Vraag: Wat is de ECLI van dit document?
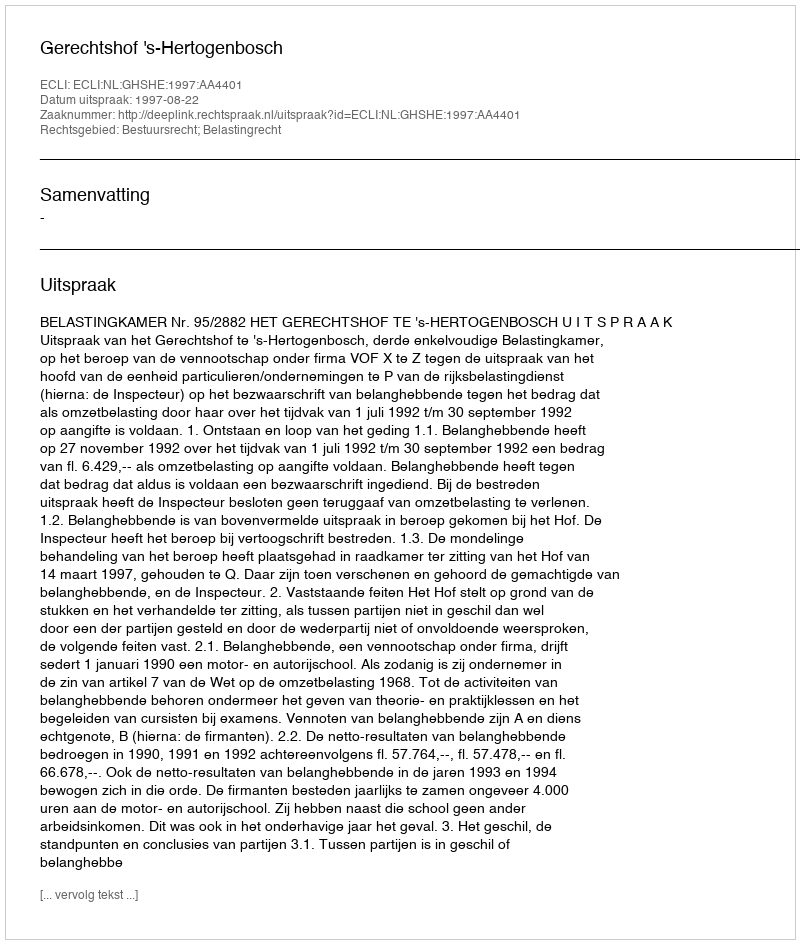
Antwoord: ECLI:NL:GHSHE:1997:AA4401